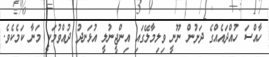
ހާއްސަ ހުއްދައެއްގެ ދަށުން ނޫނީ ވިލިމާލޭގައި އިންޖީނުލީ އުޅަނދު ދުއްވުމަކީ މަނާ ކަމެކެވެ.